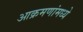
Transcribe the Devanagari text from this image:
आक्रमणांमध्ये